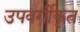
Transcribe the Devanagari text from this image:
उपवर्गीकृत